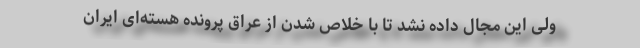
ولی این مجال داده نشد تا با خلاص شدن از عراق پرونده هسته‌ای ایران